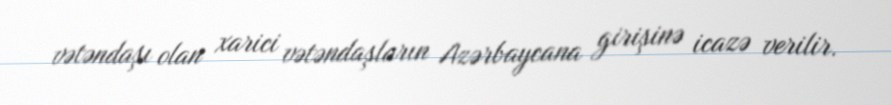
vətəndaşı olan xarici vətəndaşların Azərbaycana girişinə icazə verilir.